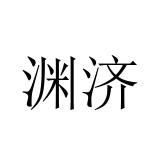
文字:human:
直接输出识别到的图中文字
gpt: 渊济